Lunatic asylums Punjab 1881-1894 - 1881-1894
Year: 1881
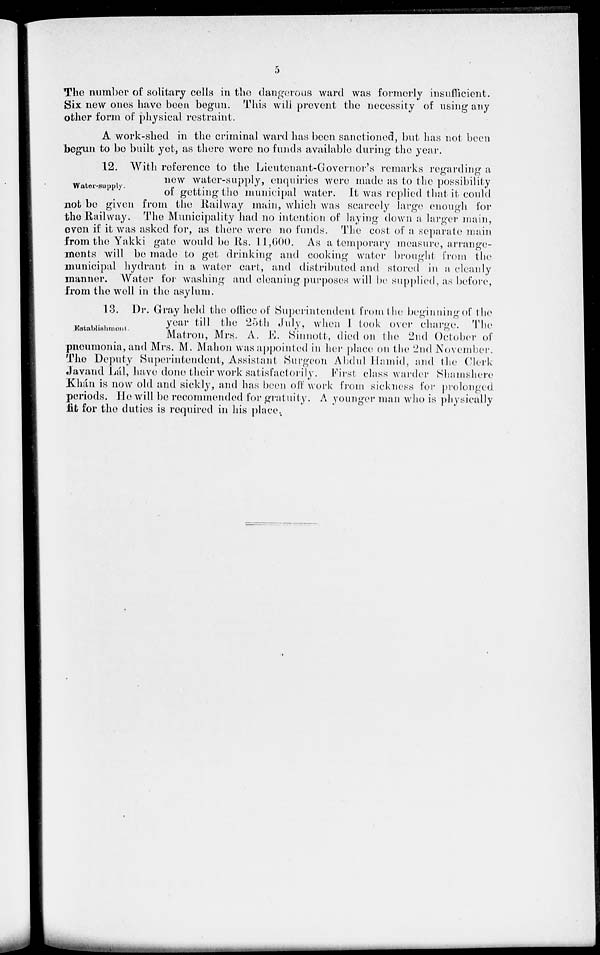
5
The number of solitary cells in the dangerous ward was formerly insufficient.
Six new ones have been begun. This will prevent the necessity of using any
other form of physical restraint.
A work-shed in the criminal ward has been sanctioned, but has not been
begun to be built yet, as there were no funds available during the year.
Water-supply.
12. With reference to the Lieutenant-Governor's remarks regarding a
new water-supply, enquiries were made as to the possibility
of getting the municipal water. It was replied that it could
not be given from the Railway main, which was scarcely large enough for
the Railway. The Municipality had no intention of laying down a larger main,
even if it was asked for, as there were no funds. The cost of a separate main
from the Yakki gate would be Rs. 11,600. As a temporary measure, arrange-
ments will be made to get drinking and cooking water brought from the
municipal hydrant in a water cart, and distributed and stored in a cleanly
manner. Water for washing and cleaning purposes will be supplied, as before,
from the well in the asylum.
Establishment.
13. Dr. Gray held the office of Superintendent from the beginning of the
year till the 25th July, when I took over charge. The
Matron, Mrs. A. E. Sinnott, died on the 2nd October of
pneumonia, and Mrs. M. Mahon was appointed in her place on the 2nd November.
The Deputy Superintendent, Assistant Surgeon Abdul Hamid, and the Clerk
Javand Lál, have done their work satisfactorily. First class warder Shamshere
Khán is now old and sickly, and has been off work from sickness for prolonged
periods. He will be recommended for gratuity. A younger man who is physically
fit for the duties is required in his place.